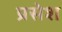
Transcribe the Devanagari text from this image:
प्रसेश